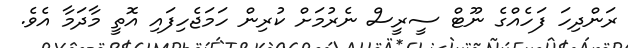
ރަންދިހަ ފަހެއްގެ ނޫޓް ސީރީސް ނެރުމަށް ކުރިން ހަމަޖެހިފައި އޮތީ މާދަމާ އެވެ.